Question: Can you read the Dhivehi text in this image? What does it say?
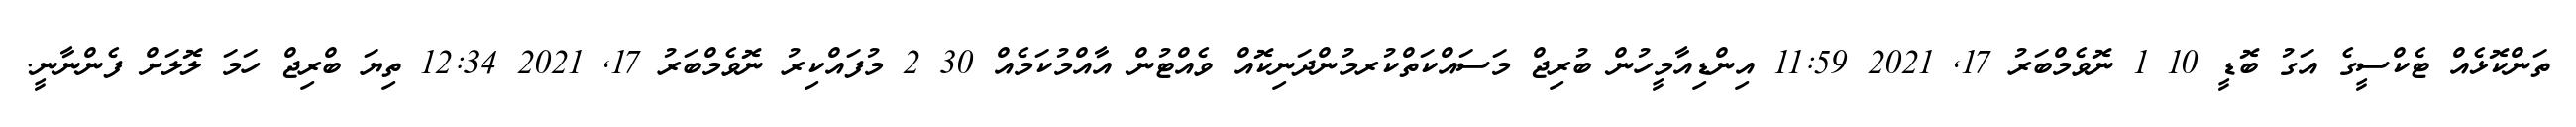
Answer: ތަންކޮޅެއް ޓެކްސީގެ އަގު ބޮޑީ 10 1 ނޮވެމްބަރު 17, 2021 11:59 އިންޑިއާމީހުން ބުރިޖް މަސައްކަތްކުރމުންދަނިކޮއް ވެއްޓުން އާއްމުކަމެއް 30 2 މުފައްކިރު ނޮވެމްބަރު 17, 2021 12:34 ތިޔަ ބްރިޖް ހަމަ ލޮލަށް ފެންނާނީ.